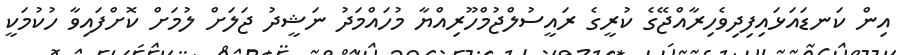
އިން ކަނޑައަޅައިފިދިވެހިރާއްޖޭގެ ކުރީގެ ރައީސުލްޖުމްހޫރިއްޔާ މުހައްމަދު ނަޝީދު ޖަލަށް ލުމަށް ކޮށްފައިވާ ހުކުމަކީ